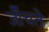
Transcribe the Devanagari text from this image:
जॉँचते